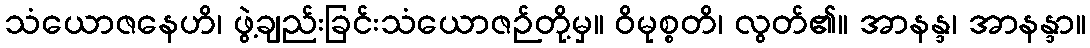
သံယောဇနေဟိ၊ ဖွဲ့ချည်းခြင်းသံယောဇဉ်တို့မှ။ ဝိမုစ္စတိ၊ လွတ်၏။ အာနန္ဒ၊ အာနန္ဒာ။